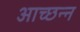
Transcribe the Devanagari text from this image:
आच्छन्‍न